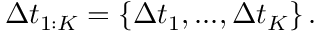
\begin{array} { r } { \Delta t _ { 1 : K } = \left\{ \Delta t _ { 1 } , . . . , \Delta t _ { K } \right\} . } \end{array}